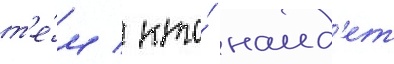
т'е́м / кто́ наид'ет